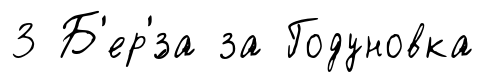
3 Б'ер'́за за Годуновка